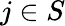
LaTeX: j\in S